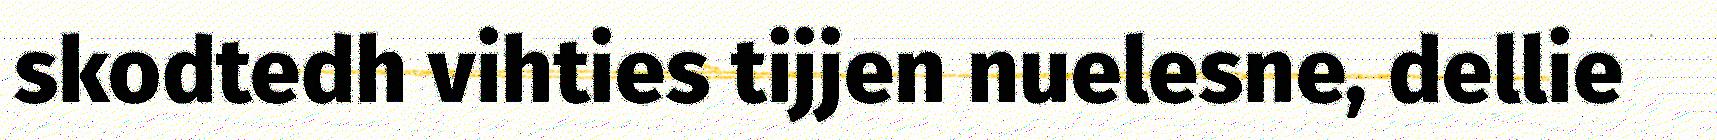
skodtedh vihties tijjen nuelesne, dellie